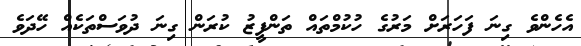
އެހެންވެ ގިނަ ފަހަރަށް މަރުގެ ހުކުމްތައް ތަންފީޒު ކުރަން ގިނަ ދުވަސްތަކެއް ހޭދަވެ